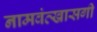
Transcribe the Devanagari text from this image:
नामवंत्खासगी